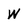
Character: W